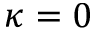
\kappa = 0